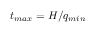
t _ { m a x } = H / q _ { m i n }